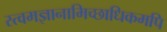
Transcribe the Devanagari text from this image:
स्त्वमज्ञानामिच्छाधिकमपि